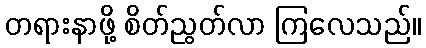
တရားနာဖို့ စိတ်ညွတ်လာ ကြလေသည်။